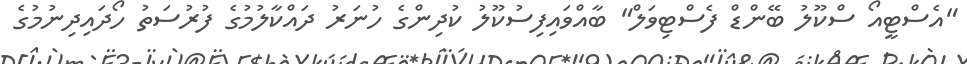
"އެސްޓީއޯ ސްކޫލު ބޭންޑް ފެސްޓިވަލް" ބާއްވައިފިސުކޫލު ކުދިންގެ ހުނަރު ދައްކާލުމުގެ ފުރުސަތު ހޯދައިދިނުމުގެ